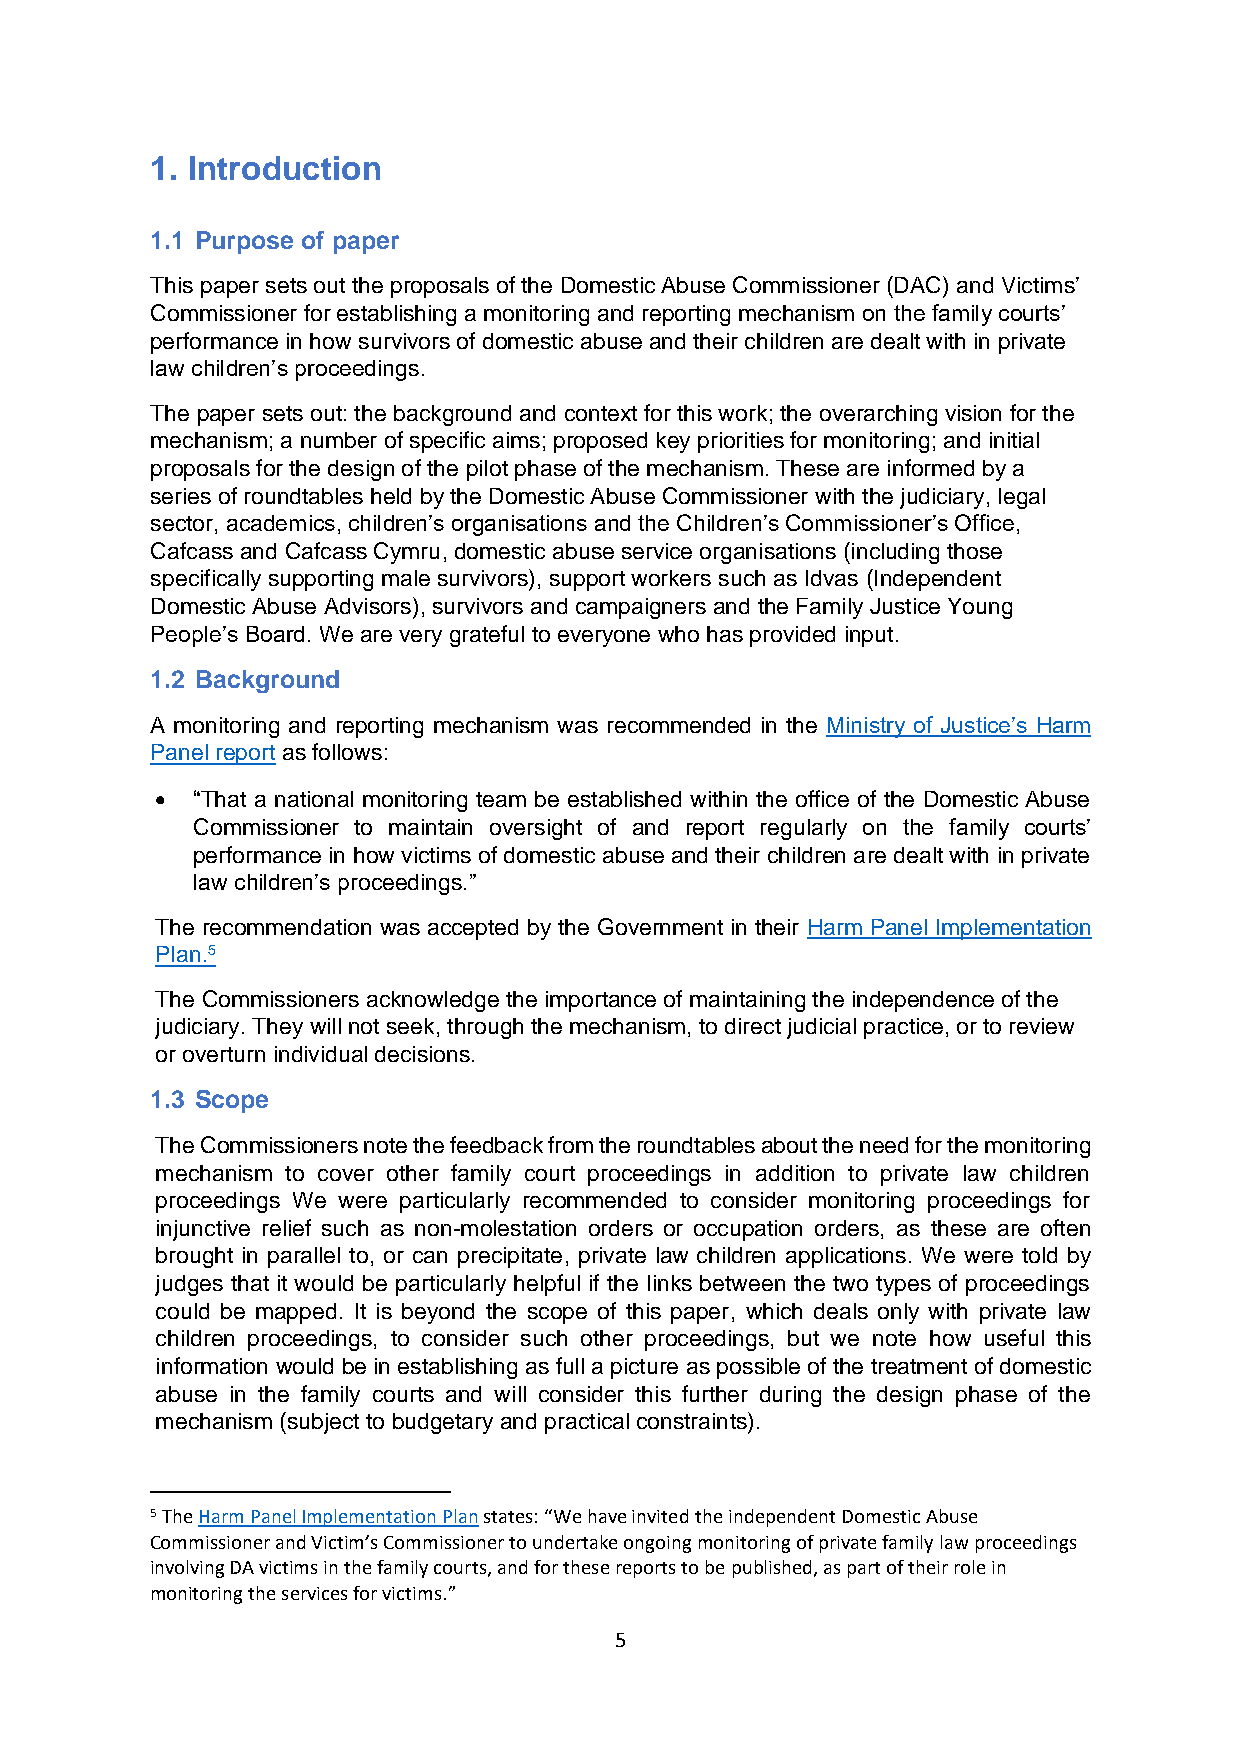
1. Introduction
 1.1 Purpose of paper
 This paper sets out the proposals of the Domestic Abuse Commissioner (DAC) and Victims’
 Commissioner for establishing a monitoring and reporting mechanism on the family courts’
 performance in how survivors of domestic abuse and their children are dealt with in private
 law children’s proceedings.
 The paper sets out: the background and context for this work; the overarching vision for the
 mechanism; a number of specific aims; proposed key priorities for monitoring; and initial
 proposals for the design of the pilot phase of the mechanism. These are informed by a
 series of roundtables held by the Domestic Abuse Commissioner with the judiciary, legal
 sector, academics, children’s organisations and the Children’s Commissioner’s Office,
 Cafcass and Cafcass Cymru, domestic abuse service organisations (including those
 specifically supporting male survivors), support workers such as Idvas (Independent
 Domestic Abuse Advisors), survivors and campaigners and the Family Justice Young
 People’s Board. We are very grateful to everyone who has provided input.
 1.2 Background
 A monitoring and reporting mechanism was recommended in the Ministry of Justice’s Harm
 Panel report as follows:
 •  “That a national monitoring team be established within the office of the Domestic Abuse
 Commissioner to maintain oversight of and report regularly on the family courts’
 performance in how victims of domestic abuse and their children are dealt with in private
 law children’s proceedings.”
 The recommendation was accepted by the Government in their Harm Panel Implementation
 Plan.5
 The Commissioners acknowledge the importance of maintaining the independence of the
 judiciary. They will not seek, through the mechanism, to direct judicial practice, or to review
 or overturn individual decisions.
 1.3 Scope
 The Commissioners note the feedback from the roundtables about the need for the monitoring
 mechanism to cover other family court proceedings in addition to private law children
 proceedings We were particularly recommended to consider monitoring proceedings for
 injunctive relief such as non-molestation orders or occupation orders, as these are often
 brought in parallel to, or can precipitate, private law children applications. We were told by
 judges that it would be particularly helpful if the links between the two types of proceedings
 could be mapped. It is beyond the scope of this paper, which deals only with private law
 children proceedings, to consider such other proceedings, but we note how useful this
 information would be in establishing as full a picture as possible of the treatment of domestic
 abuse in the family courts and will consider this further during the design phase of the
 mechanism (subject to budgetary and practical constraints).
 5 The Harm Panel Implementation Plan states: “We have invited the independent Domestic Abuse
 Commissioner and Victim’s Commissioner to undertake ongoing monitoring of private family law proceedings
 involving DA victims in the family courts, and for these reports to be published, as part of their role in
 monitoring the services for victims.”
 5